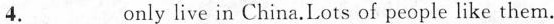
4.___only live in China.Lots of people like them.